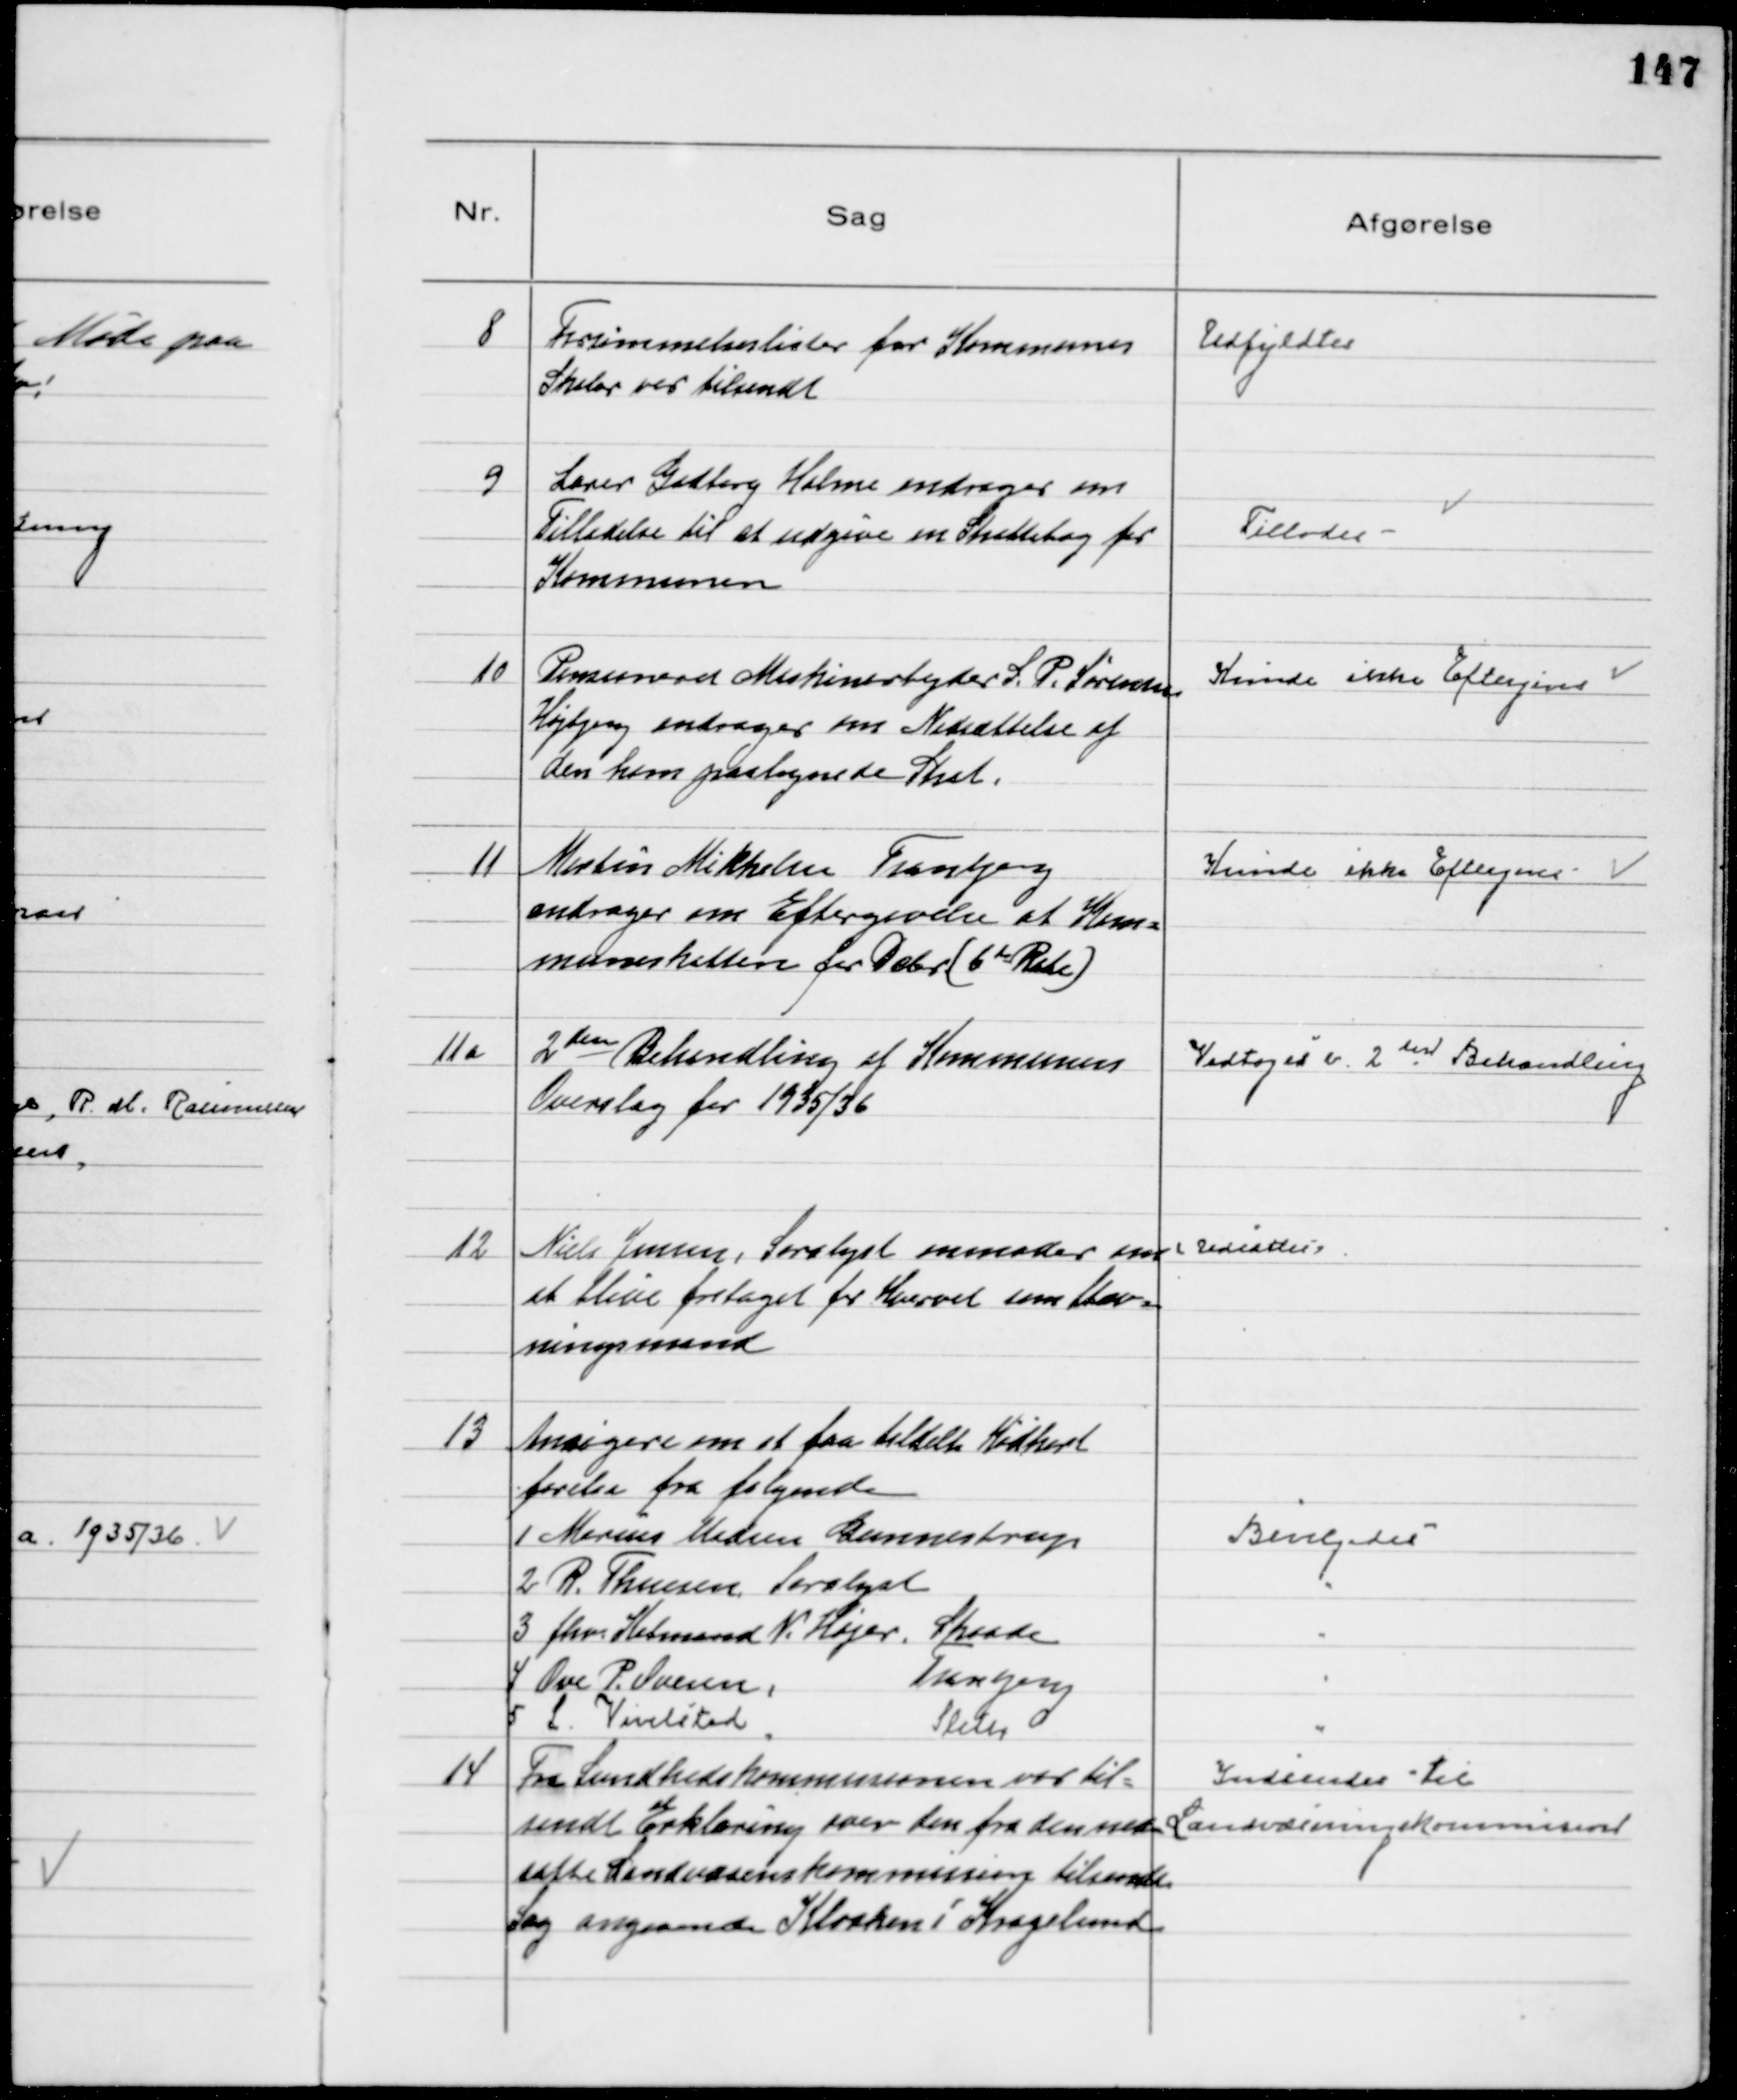
Transskription:
8
Forsømmelseslister for Komunens
Skoler var tilsendt

Udfyldtes

9
Lærer Gadborg Holme andrager om
Tilladelse til at udgive en Skattebog for
Kommunen

Tillodes

10
Pensioneret Maskinarbejder L. P. sørensen
Højbjerg andrager om Nedsættelse af
den ham paalignede Skat.

Kunde ikke Eftergives

11
Martin Mikkelsen Tranbjerg
andrager om Eftergivelse af Kom=
muneskatten for Dcbr (6te Rate)

Kunde ikke Eftergives

11 a
2 den Behandling af Kommunens
Overslag for 1935/36

Vedtoges v. 2 den Behandling

12
Niels Jensen, Saralyst anmoder om
at blive fritaget for Hvervet som Stæv=
ningsmand

Udsattes

13
Ansøgere om at faa tildelt Kødkort
forelaa fra følgende
1  Marius Madsen Gunnestrup
Bevilgedes
2  R. Thuesen, Saralyst
3  fhv. Købmand N. Højer, Skaade
4  Ove P. Ovesen, 
Tranbjerg
5  L. Vivelsted
Sleth

14
Fra Sundhedskommissionen var til=
sendt Erklæring over den fra den ned=
satte Landvæsenskommission tilsendte
Sag angaaende Kloaken i Kragelund
Indsendes til
Landvæsningkommisionen